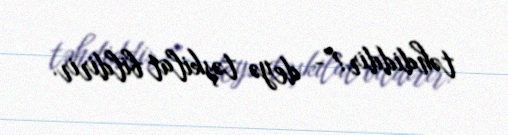
təhdiddir?”- deyə təşkilat bildirir.